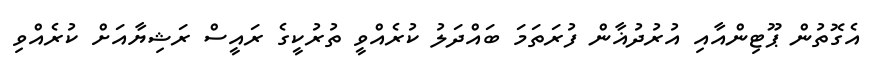
އެގޮތުން ޕޫޓިންއާއި އުރުދުޣާން ފުރަތަމަ ބައްދަލު ކުރެއްވީ ތުރުކީގެ ރައީސް ރަޝިޔާއަށް ކުރެއްވި